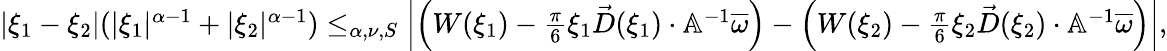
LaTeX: \begin{array}{r}{|\xi_{1}-\xi_{2}|(|\xi_{1}|^{\alpha-1}+|\xi_{2}|^{\alpha-1})\le_{\alpha,\nu,S}\left|\left(W(\xi_{1})-\frac{\pi}6\xi_{1}\vec{D}(\xi_{1})\cdot\mathbb{A}^{-1}\overline{{\omega}}\right)-\left(W(\xi_{2})-\frac{\pi}6\xi_{2}\vec{D}(\xi_{2})\cdot\mathbb{A}^{-1}\overline{{\omega}}\right)\right|,}\end{array}